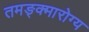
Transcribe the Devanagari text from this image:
तमङ्क्मारोग्य